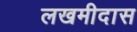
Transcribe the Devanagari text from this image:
लखमीदास